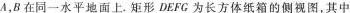
A，B在同一水平地面上. 矩形DEFG为长方体纸箱的侧视图，其中